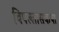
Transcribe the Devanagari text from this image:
विपल्लासकथा